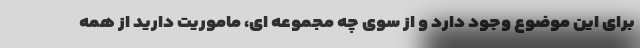
برای این موضوع وجود دارد و از سوی چه مجموعه ای، ماموریت دارید از همه